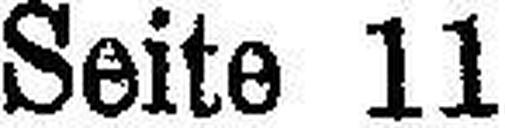
Seite 11